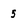
Character: 5